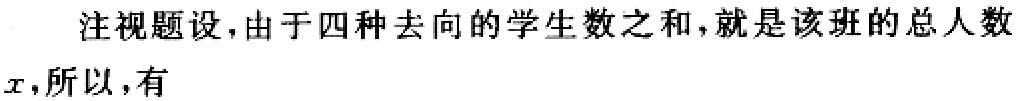
注视题设，由于四种去向的学生数之和，就是该班的总人数\(x\)，所以，有